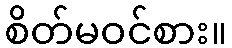
စိတ်မဝင်စား။